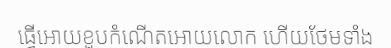
ធ្វើអោយខួបកំណើតអោយលោក ហើយថែមទាំង